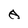
Character: A